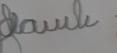
Signature authenticity: forged